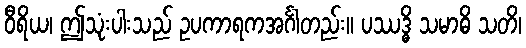
ဝီရိယ၊ ဤသုံးပါးသည် ဥပကာရကအင်္ဂါတည်း။ ပဿဒ္ဓိ သမာဓိ သတိ၊